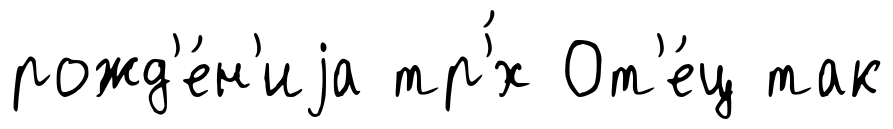
рожд'е́н'иjа тр'́х От'е́ц так